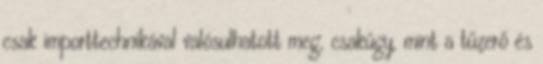
csak importtechnikával valósulhatott meg, csakúgy, mint a tűzerő és